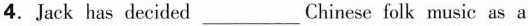
4. Jack has decided___Chinese folk music as a